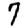
Digit: 7